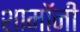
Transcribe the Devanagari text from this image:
शामॉनी